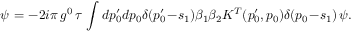
\psi \, = - 2 i \pi \, g ^ { 0 } \, \tau \, \int d p _ { 0 } ^ { \prime } d p _ { 0 } \delta ( p _ { 0 } ^ { \prime } \! - \! s _ { 1 } ) \beta _ { 1 } \beta _ { 2 } K ^ { T } ( p _ { 0 } ^ { \prime } , p _ { 0 } ) \delta ( p _ { 0 } \! - \! s _ { 1 } ) \, \psi .